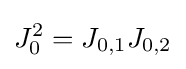
J_{0}^{2}=J_{\mathrm {0,1} }J_{\mathrm {0,2} }